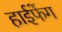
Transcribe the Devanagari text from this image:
हाईफेंग